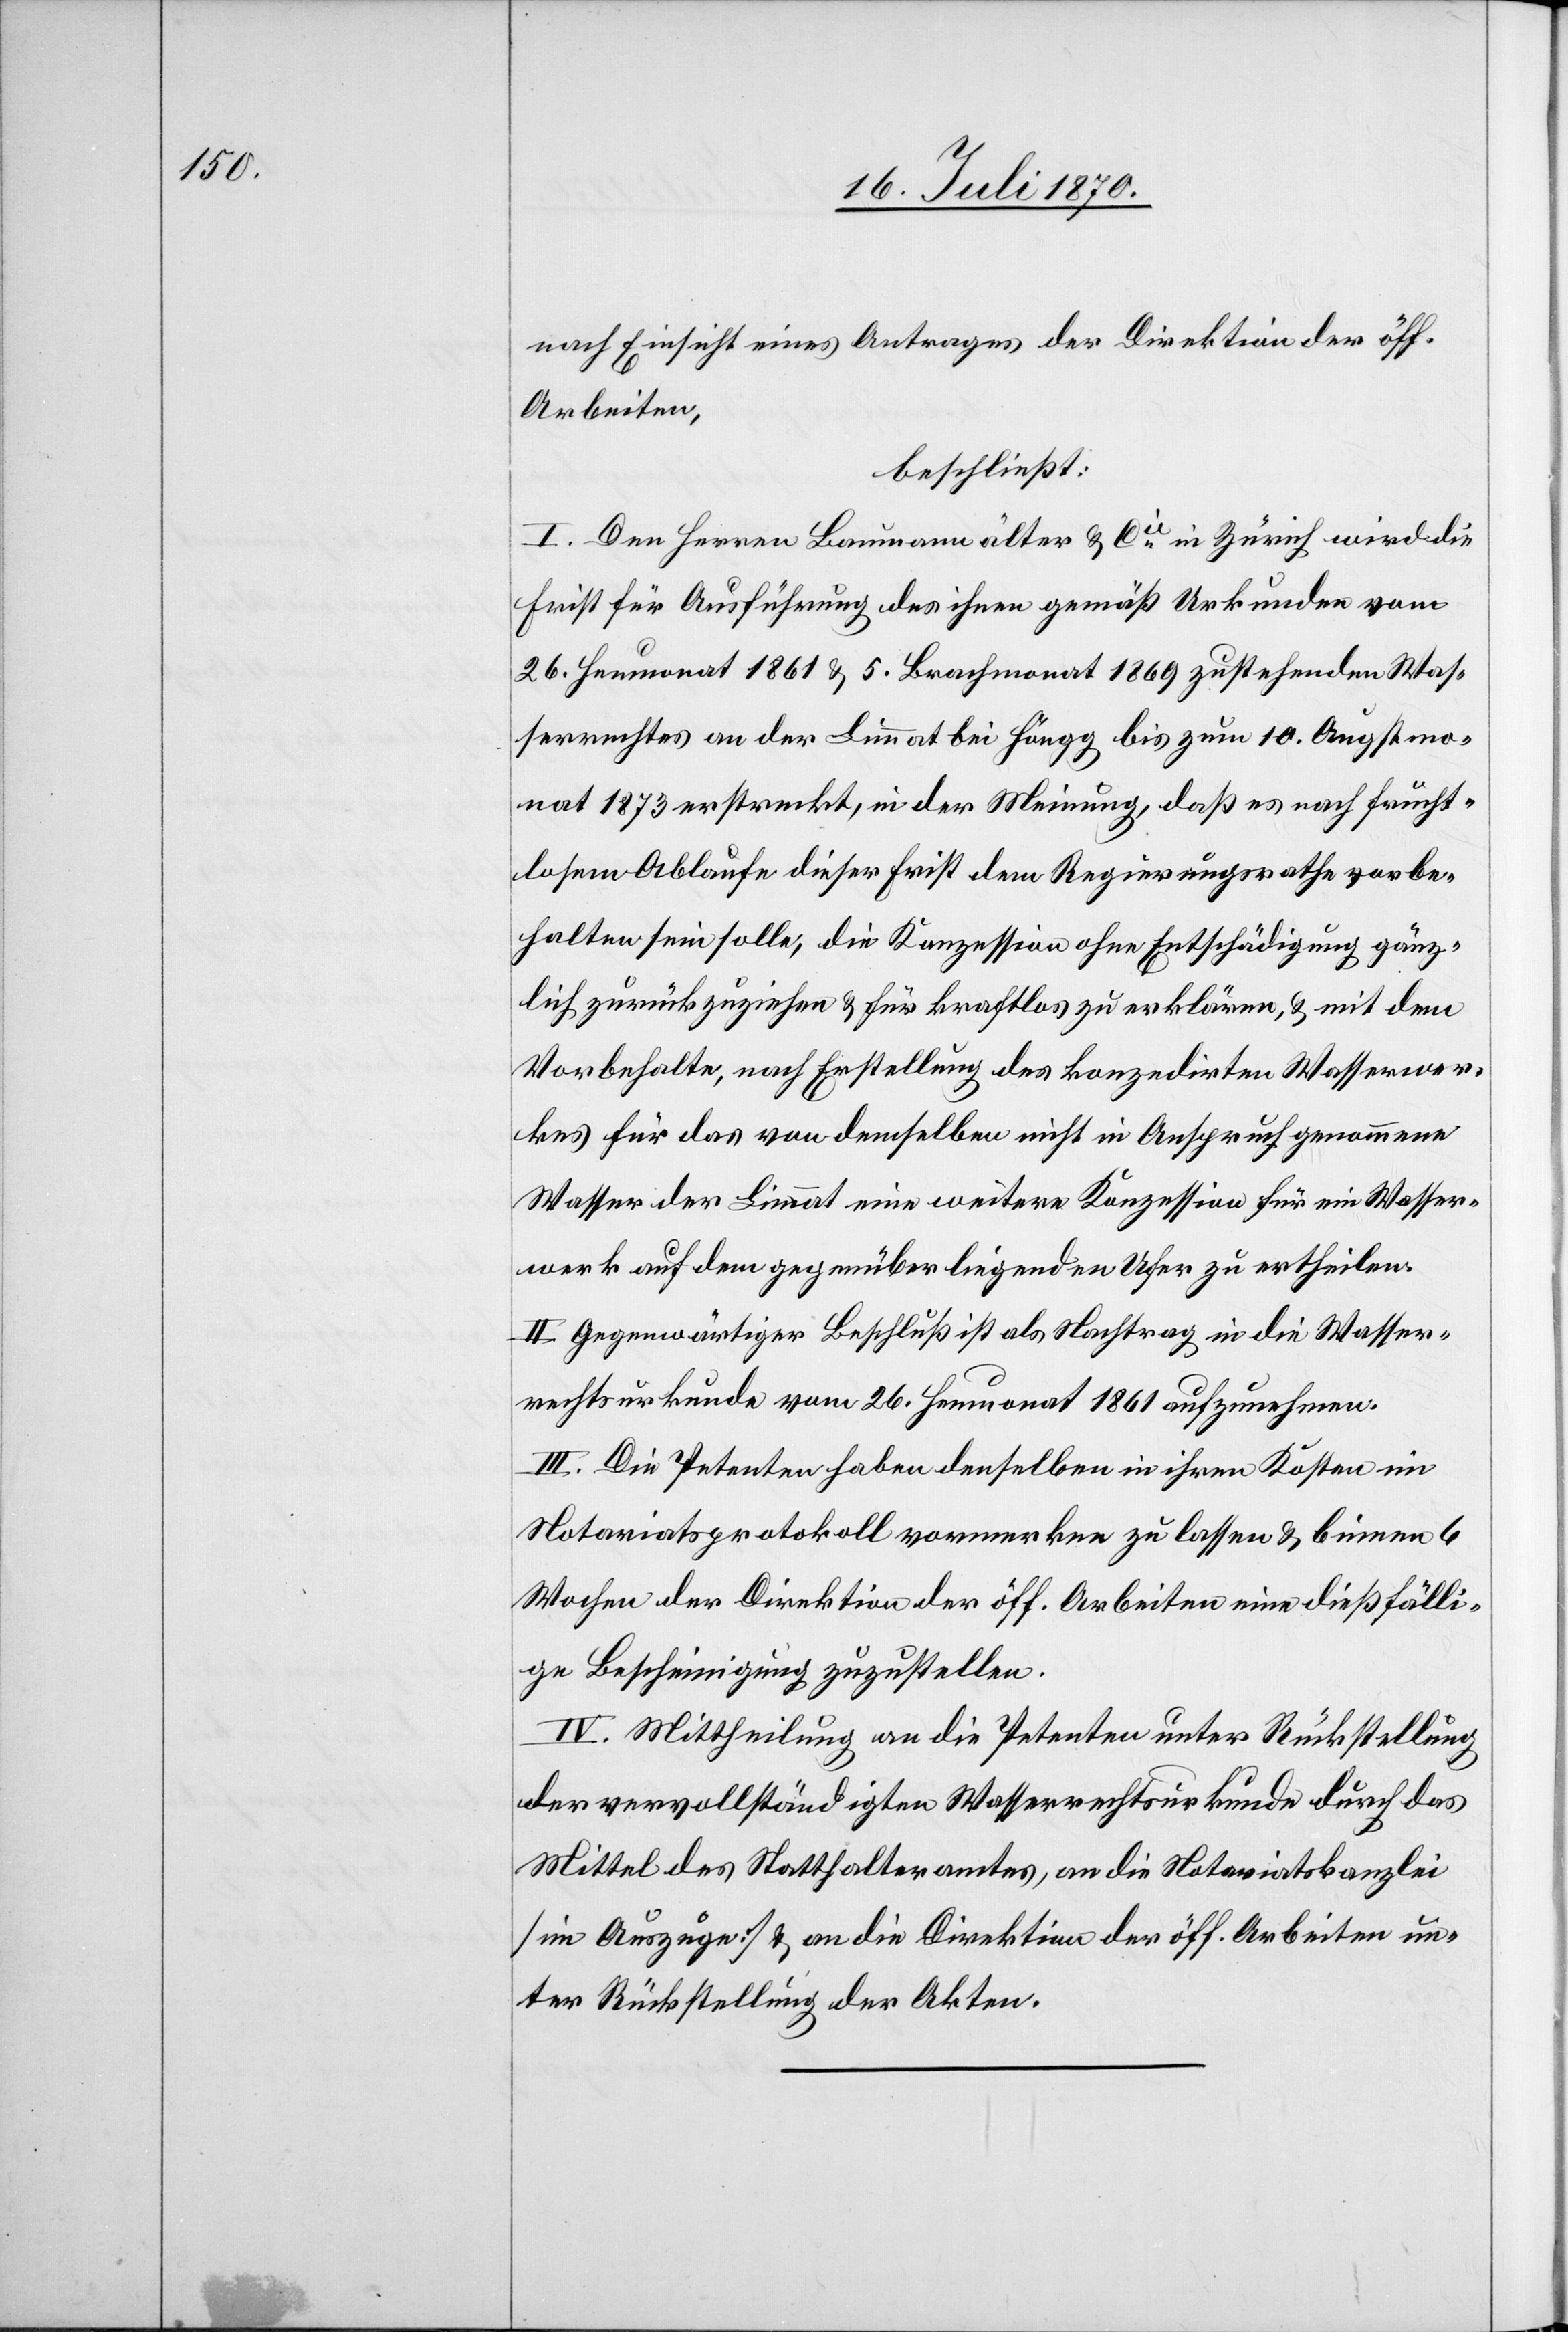
nach Einsicht eines Antrages der Direktion der öff.
Arbeiten,
beschließt:
I. Den Herren Baumann älter & Cie in Zürich wird die
Frist für Ausführung des ihnen gemäß Urkunden vom
26. Heumonat 1861 & 5. Brachmonat 1869 zustehenden Was¬
serrechtes an der Limmat bei Höngg bis zum 10. Augstmo¬
nat 1873 erstreckt, in der Meinung, daß es nach frucht¬
losem Ablaufe dieser Frist dem Regierungsrathe vorbe¬
halten sein solle, die Konzession ohne Entschädigung gänz¬
lich zurückzuziehen & für kraftlos zu erklären, & mit dem
Vorbehalte, nach Erstellung des konzedirten Wasserwer¬
kes für das von demselben nicht in Anspruch genommene
Wasser der Limmat eine weitere Konzession für ein Wasser¬
werk auf dem gegenüber liegenden Ufer zu ertheilen.
II. Gegenwärtiger Beschluß ist als Nachtrag in die Wasser¬
rechtsurkunde vom 26. Heumonat 1861 aufzunehmen.
III. Die Petenten haben denselben in ihren Kosten im
Notariatsprotokoll vormerken zu lassen & binnen 6
Wochen der Direktion der öff. Arbeiten eine dießfälli¬
ge Bescheinigung zuzustellen.
IV. Mittheilung an die Petenten unter Rückstellung
der vervollständigten Wasserrechtsurkunde durch das
Mittel des Statthalteramtes, an die Notariatskanzlei
[im Auszuge] & an die Direktion der öff. Arbeiten un¬
ter Rückstellung der Akten.